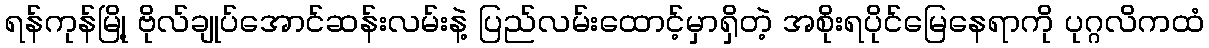
ရန်ကုန်မြို့ ဗိုလ်ချုပ်အောင်ဆန်းလမ်းနဲ့ ပြည်လမ်းထောင့်မှာရှိတဲ့ အစိုးရပိုင်မြေနေရာကို ပုဂ္ဂလိကထံ